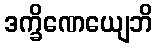
ဒက္ခိဏေယျေဘိ